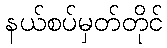
နယ်စပ်မှတ်တိုင်